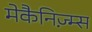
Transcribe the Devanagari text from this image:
मेकैनिज़्म्स